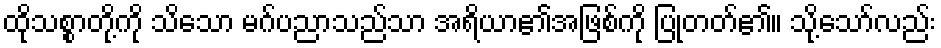
ထိုသစ္စာတို့ကို သိသော မဂ်ပညာသည်သာ အရိယာ၏အဖြစ်ကို ပြုတတ်၏။ သို့သော်လည်း